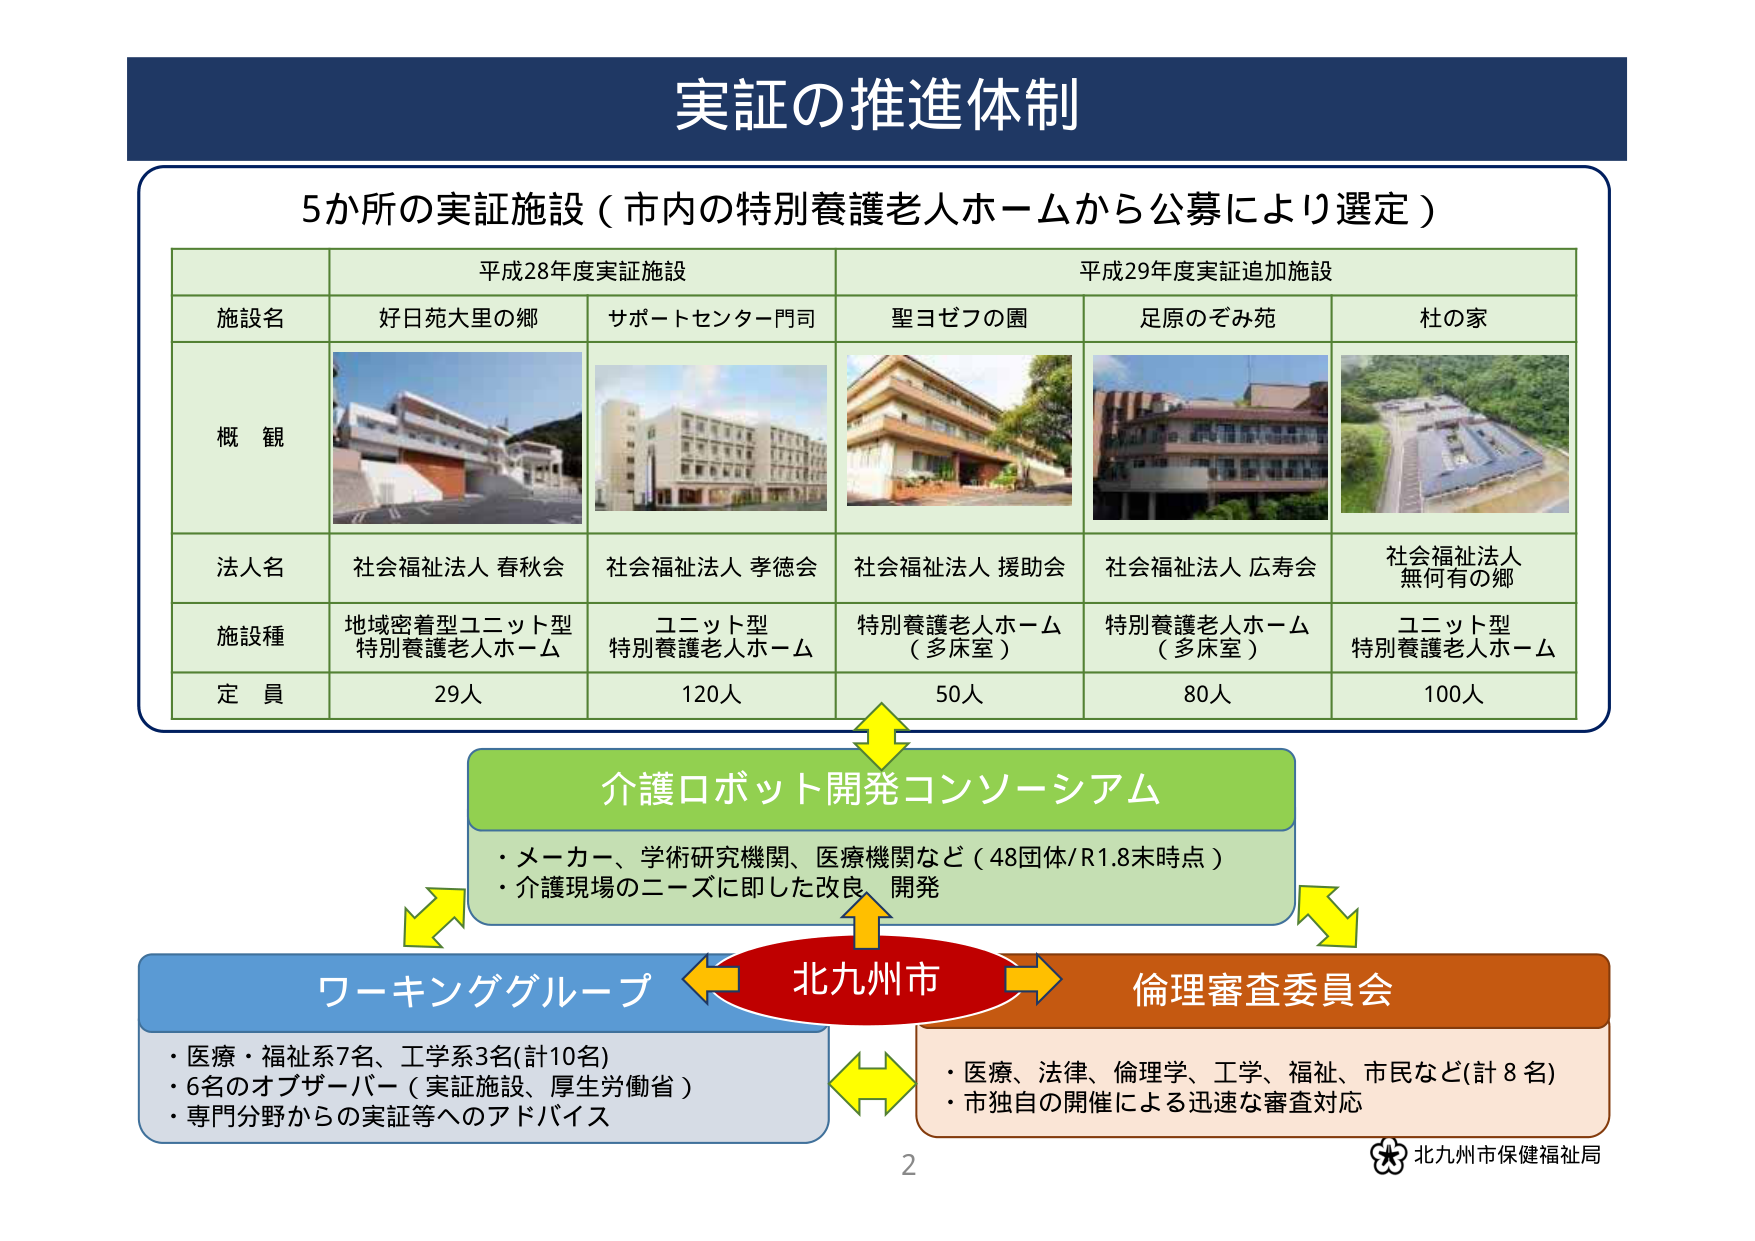
実証の推進体制

5か所の実証施設（市内の特別養護老人ホームから公募により選定）

平成28年度実証施設　　　　　　　　　　　平成29年度実証追加施設

施設名　　　　　好日苑大里の郷　　　サポートセンター門司　　　聖ヨゼフの園　　　足原のぞみ苑　　　杜の家

概　観　　　　　[画像]　　　　　　　[画像]　　　　　　　[画像]　　　　　　　[画像]　　　　　　　[画像]

法人名　　　　　社会福祉法人 春秋会　　　社会福祉法人 孝徳会　　　社会福祉法人 援助会　　　社会福祉法人 広寿会　　　社会福祉法人 無何有の郷

施設種　　　　　地域密着型ユニット型　　　ユニット型　　　　　特別養護老人ホーム　　　特別養護老人ホーム　　　ユニット型
　　　　　　　　特別養護老人ホーム　　　特別養護老人ホーム　　　（多床室）　　　　　　（多床室）　　　　　　特別養護老人ホーム

定　員　　　　　29人　　　　　　　120人　　　　　　　50人　　　　　　　80人　　　　　　　100人

介護ロボット開発コンソーシアム
・メーカー、学術研究機関、医療機関など（48団体/R1.8末時点）
・介護現場のニーズに即した改良、開発

ワーキンググループ　　　　　　　　　　　　　　　　　　　　　　　　　　　　　　　　　倫理審査委員会
・医療・福祉系7名、工学系3名(計10名)　　　　　　　　　　　　　　　　　　　　・医療、法律、倫理学、工学、福祉、市民など(計8名)
・6名のオブザーバー（実証施設、厚生労働省）　　　　　　　　　　　　　　　　・市独自の開催による迅速な審査対応
・専門分野からの実証等へのアドバイス

北九州市保健福祉局

2